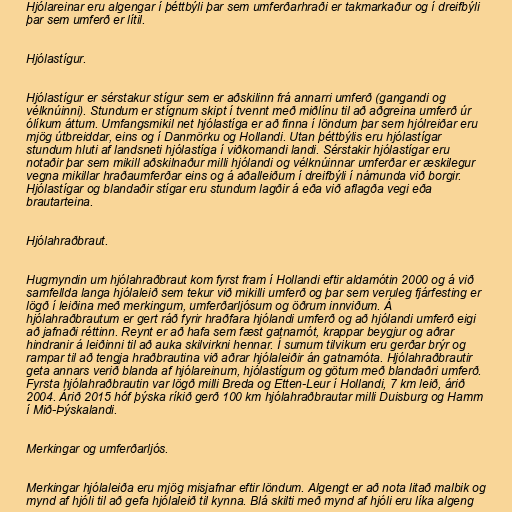
Hjólareinar eru algengar í þéttbýli þar sem umferðarhraði er takmarkaður og í dreifbýli
þar sem umferð er lítil.

Hjólastígur.

Hjólastígur er sérstakur stígur sem er aðskilinn frá annarri umferð (gangandi og
vélknúinni). Stundum er stígnum skipt í tvennt með miðlínu til að aðgreina umferð úr
ólíkum áttum. Umfangsmikil net hjólastíga er að finna í löndum þar sem hjólreiðar eru
mjög útbreiddar, eins og í Danmörku og Hollandi. Utan þéttbýlis eru hjólastígar
stundum hluti af landsneti hjólastíga í viðkomandi landi. Sérstakir hjólastígar eru
notaðir þar sem mikill aðskilnaður milli hjólandi og vélknúinnar umferðar er æskilegur
vegna mikillar hraðaumferðar eins og á aðalleiðum í dreifbýli í námunda við borgir.
Hjólastígar og blandaðir stígar eru stundum lagðir á eða við aflagða vegi eða
brautarteina.

Hjólahraðbraut.

Hugmyndin um hjólahraðbraut kom fyrst fram í Hollandi eftir aldamótin 2000 og á við
samfellda langa hjólaleið sem tekur við mikilli umferð og þar sem veruleg fjárfesting er
lögð í leiðina með merkingum, umferðarljósum og öðrum innviðum. Á
hjólahraðbrautum er gert ráð fyrir hraðfara hjólandi umferð og að hjólandi umferð eigi
að jafnaði réttinn. Reynt er að hafa sem fæst gatnamót, krappar beygjur og aðrar
hindranir á leiðinni til að auka skilvirkni hennar. Í sumum tilvikum eru gerðar brýr og
rampar til að tengja hraðbrautina við aðrar hjólaleiðir án gatnamóta. Hjólahraðbrautir
geta annars verið blanda af hjólareinum, hjólastígum og götum með blandaðri umferð.
Fyrsta hjólahraðbrautin var lögð milli Breda og Etten-Leur í Hollandi, 7 km leið, árið
2004. Árið 2015 hóf þýska ríkið gerð 100 km hjólahraðbrautar milli Duisburg og Hamm
í Mið-Þýskalandi.

Merkingar og umferðarljós.

Merkingar hjólaleiða eru mjög misjafnar eftir löndum. Algengt er að nota litað malbik og
mynd af hjóli til að gefa hjólaleið til kynna. Blá skilti með mynd af hjóli eru líka algeng